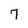
Character: 7